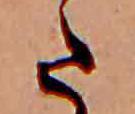
た